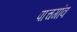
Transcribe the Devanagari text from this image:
पाचगांव